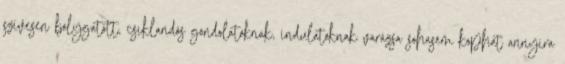
szívesen bolygatott, csiklandós gondolatoknak, indulatoknak varázsa sohasem kophat annyira